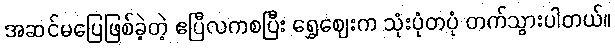
အဆင်မပြေဖြစ်ခဲ့တဲ့ ဧပြီလကစပြီး ရွှေဈေးက သုံးပုံတပုံ တက်သွားပါတယ်။